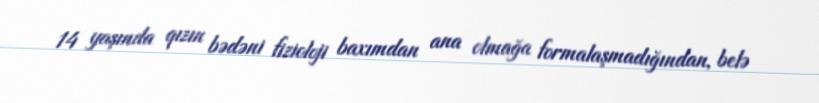
14 yaşında qızın bədəni fizioloji baxımdan ana olmağa formalaşmadığından, belə